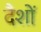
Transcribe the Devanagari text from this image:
दैशों